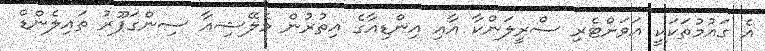
އެ ގައުމުތަކަކީ އަވަށްޓެރި ސްރީލަންކާ އާއި އިންޑިއާގެ އިތުރުން މެލޭޝިއާ ސިންގަޕޫރު ތައިލެންޑް